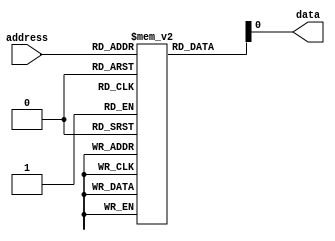
module fuse_rom (
    input wire [7:0] address,
    output reg data
);

reg [7:0] memory [0:255];

initial begin
    // Initialize memory with programmed values
    memory[0] = 8'b00000000;
    memory[1] = 8'b00000001;
    // Add more initialized values as needed
end

always @(*) begin
    data = memory[address];
end

endmodule